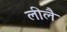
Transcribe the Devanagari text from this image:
लीलै